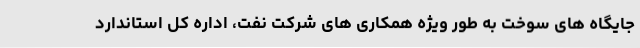
جایگاه های سوخت به طور ویژه همکاری های شرکت نفت، اداره کل استاندارد